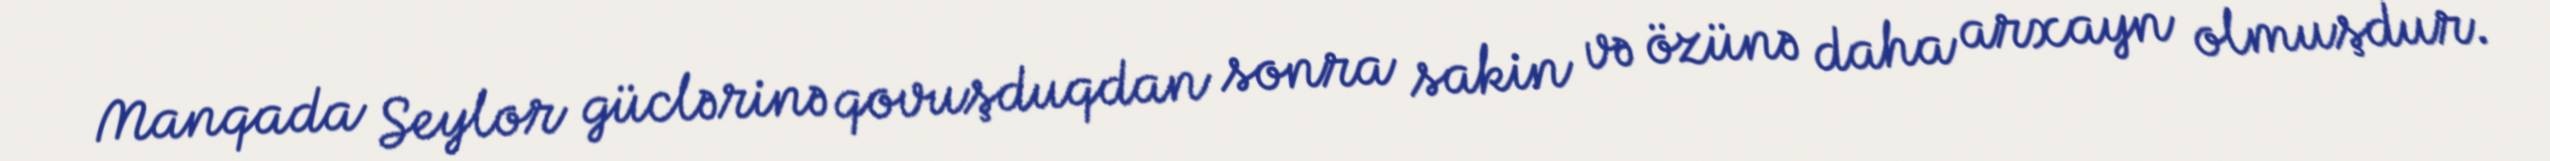
Manqada Seylor güclərinə qovuşduqdan sonra sakin və özünə daha arxayn olmuşdur.